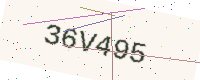
Text: 36V495